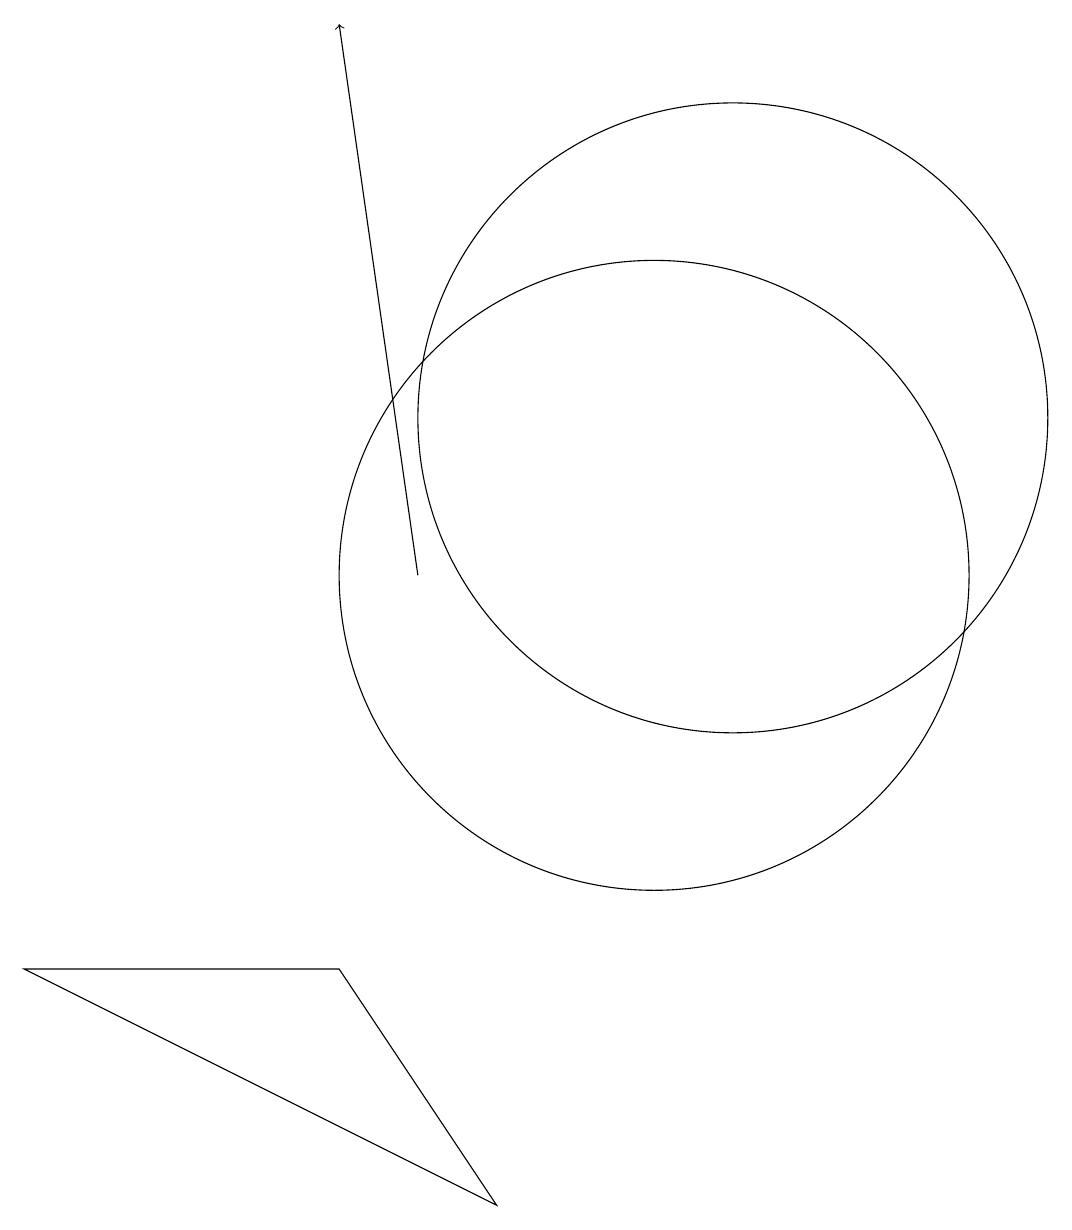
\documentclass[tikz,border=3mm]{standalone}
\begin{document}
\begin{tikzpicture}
\draw (12,12) circle (4);
\draw (11,10) circle (4);
\draw[->] (8,10) -- (7,17);
\draw (7,5) -- (9,2) -- (3,5) -- cycle;
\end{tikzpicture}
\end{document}